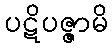
ပဋိပဇ္ဇာမိ